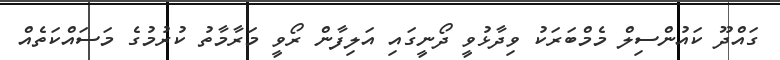
ގައްދޫ ކައުންސިލް މެމްބަރަކު ވިދާޅުވީ ދޯނީގައި އަލިފާން ރޯވީ މަރާމާތު ކުރުމުގެ މަސައްކަތެއް